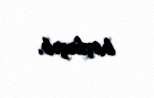
başlayıb.